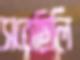
সরেছিলি